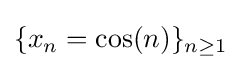
\{x_{n}=\cos(n)\}_{n\geq 1}